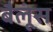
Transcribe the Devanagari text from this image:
बैलूंस